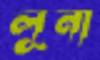
লূনা